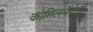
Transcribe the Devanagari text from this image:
कोम्प्लिमेंटेरी